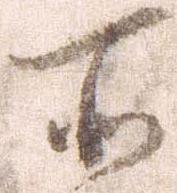
所